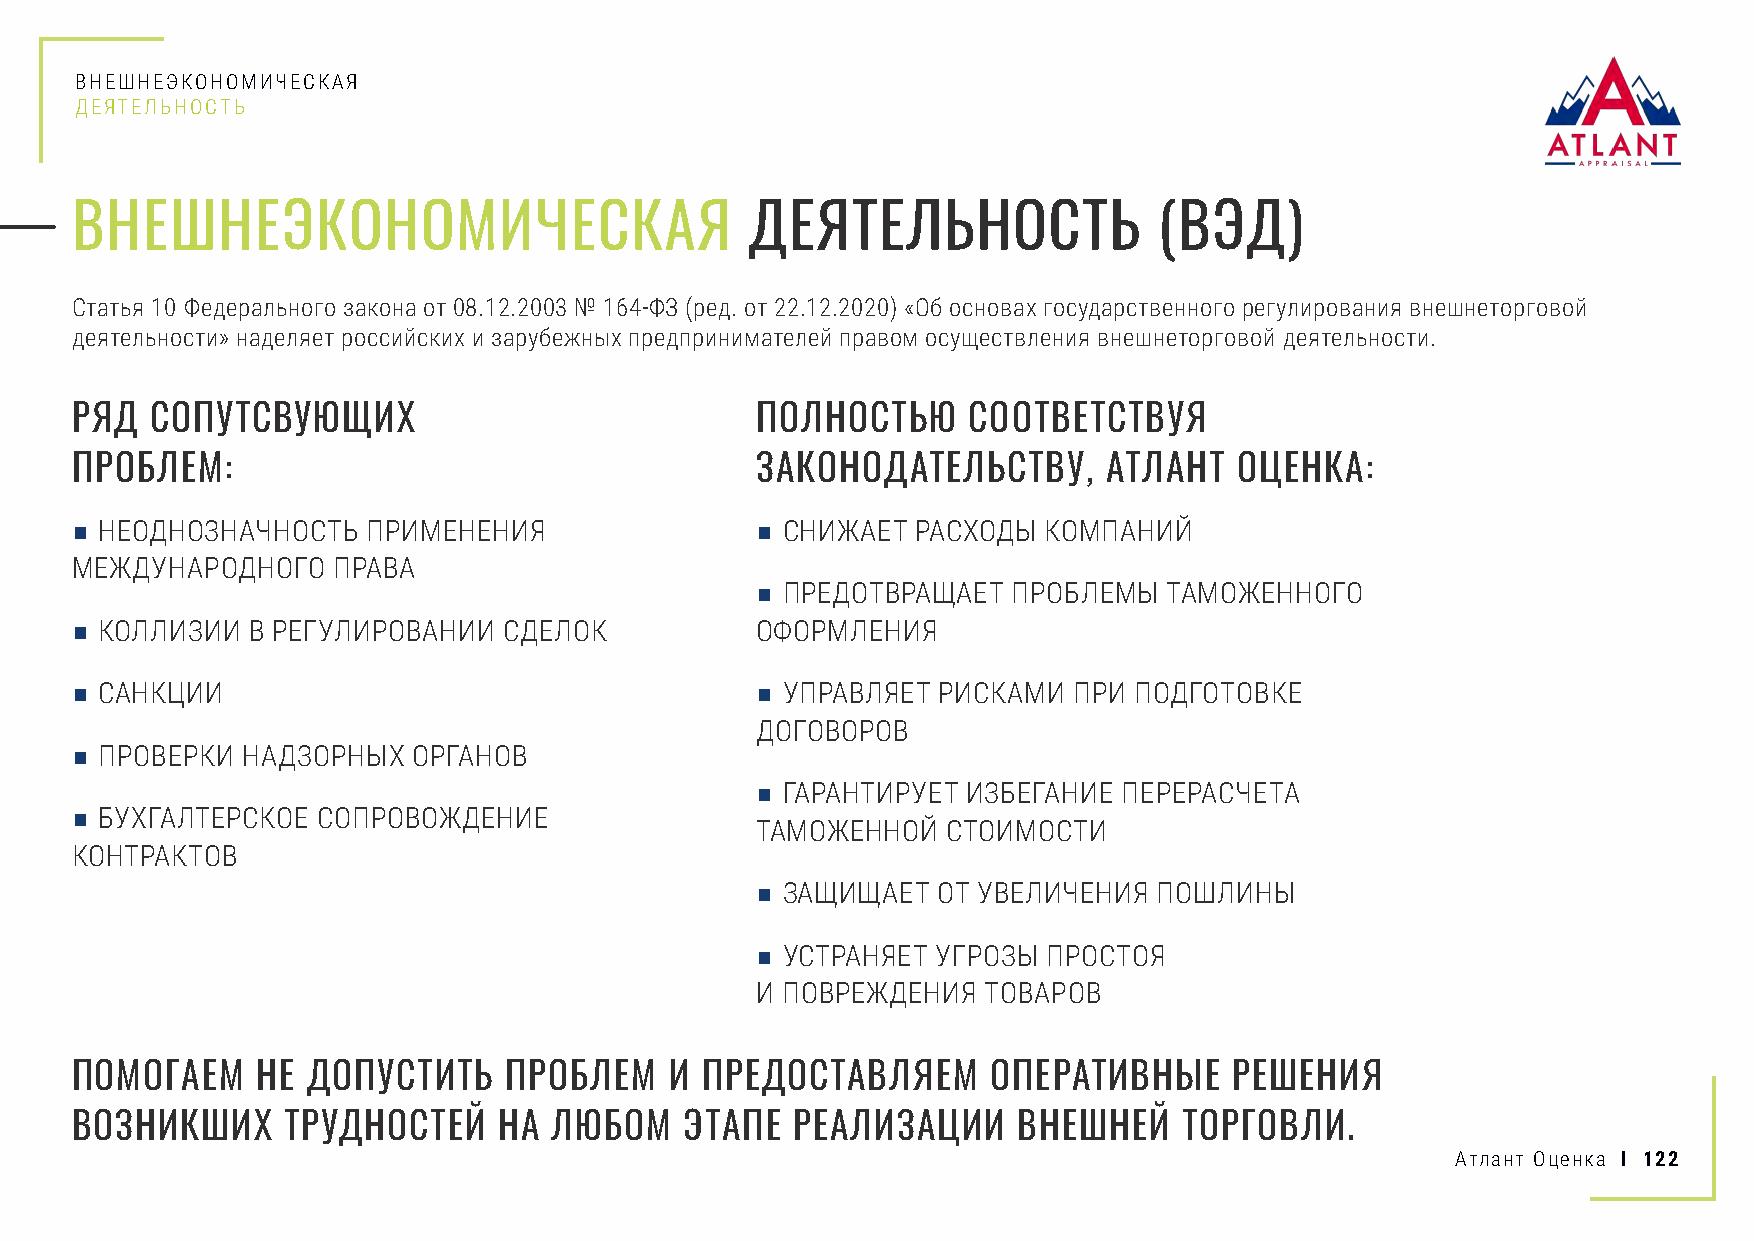
ВНЕШНЕЭКОНОМИЧЕСКАЯ
 ДЕЯТЕЛЬНОСТЬ
 ВНЕШНЕЭКОНОМИЧЕСКАЯ                          ДЕЯТЕЛЬНОСТЬ               (ВЭД)
 Статья 10 Федерального закона от 08.12.2003 № 164-ФЗ (ред. от 22.12.2020) «Об основах государственного регулирования внешнеторговой
 деятельности» наделяет российских и зарубежных предпринимателей правом осуществления внешнеторговой деятельности.
 РЯД  СОПУТСВУЮЩИХ                            ПОЛНОСТЬЮ     СООТВЕТСТВУЯ
 ПРОБЛЕМ:                                     ЗАКОНОДАТЕЛЬСТВУ,      АТЛАНТ   ОЦЕНКА:
 ■ НЕОДНОЗНАЧНОСТЬ  ПРИМЕНЕНИЯ                ■ СНИЖАЕТ  РАСХОДЫ КОМПАНИЙ
 МЕЖДУНАРОДНОГО   ПРАВА
 ■ ПРЕДОТВРАЩАЕТ  ПРОБЛЕМЫ  ТАМОЖЕННОГО
 ■ КОЛЛИЗИИ В РЕГУЛИРОВАНИИ  СДЕЛОК           ОФОРМЛЕНИЯ
 ■ САНКЦИИ                                    ■ УПРАВЛЯЕТ РИСКАМИ  ПРИ ПОДГОТОВКЕ
 ДОГОВОРОВ
 ■ ПРОВЕРКИ НАДЗОРНЫХ  ОРГАНОВ
 ■ ГАРАНТИРУЕТ ИЗБЕГАНИЕ ПЕРЕРАСЧЕТА
 ■ БУХГАЛТЕРСКОЕ СОПРОВОЖДЕНИЕ
 ТАМОЖЕННОЙ   СТОИМОСТИ
 КОНТРАКТОВ
 ■ ЗАЩИЩАЕТ  ОТ УВЕЛИЧЕНИЯ  ПОШЛИНЫ
 ■ УСТРАНЯЕТ УГРОЗЫ ПРОСТОЯ
 И ПОВРЕЖДЕНИЯ  ТОВАРОВ
 ПОМОГАЕМ    НЕ ДОПУСТИТЬ    ПРОБЛЕМ    И ПРЕДОСТАВЛЯЕМ       ОПЕРАТИВНЫЕ     РЕШЕНИЯ
 ВОЗНИКШИХ     ТРУДНОСТЕЙ    НА ЛЮБОМ    ЭТАПЕ   РЕАЛИЗАЦИИ    ВНЕШНЕЙ    ТОРГОВЛИ.
 Атлант Оценка I 122